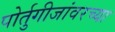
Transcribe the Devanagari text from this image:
पोर्तुगीजांवरच्या